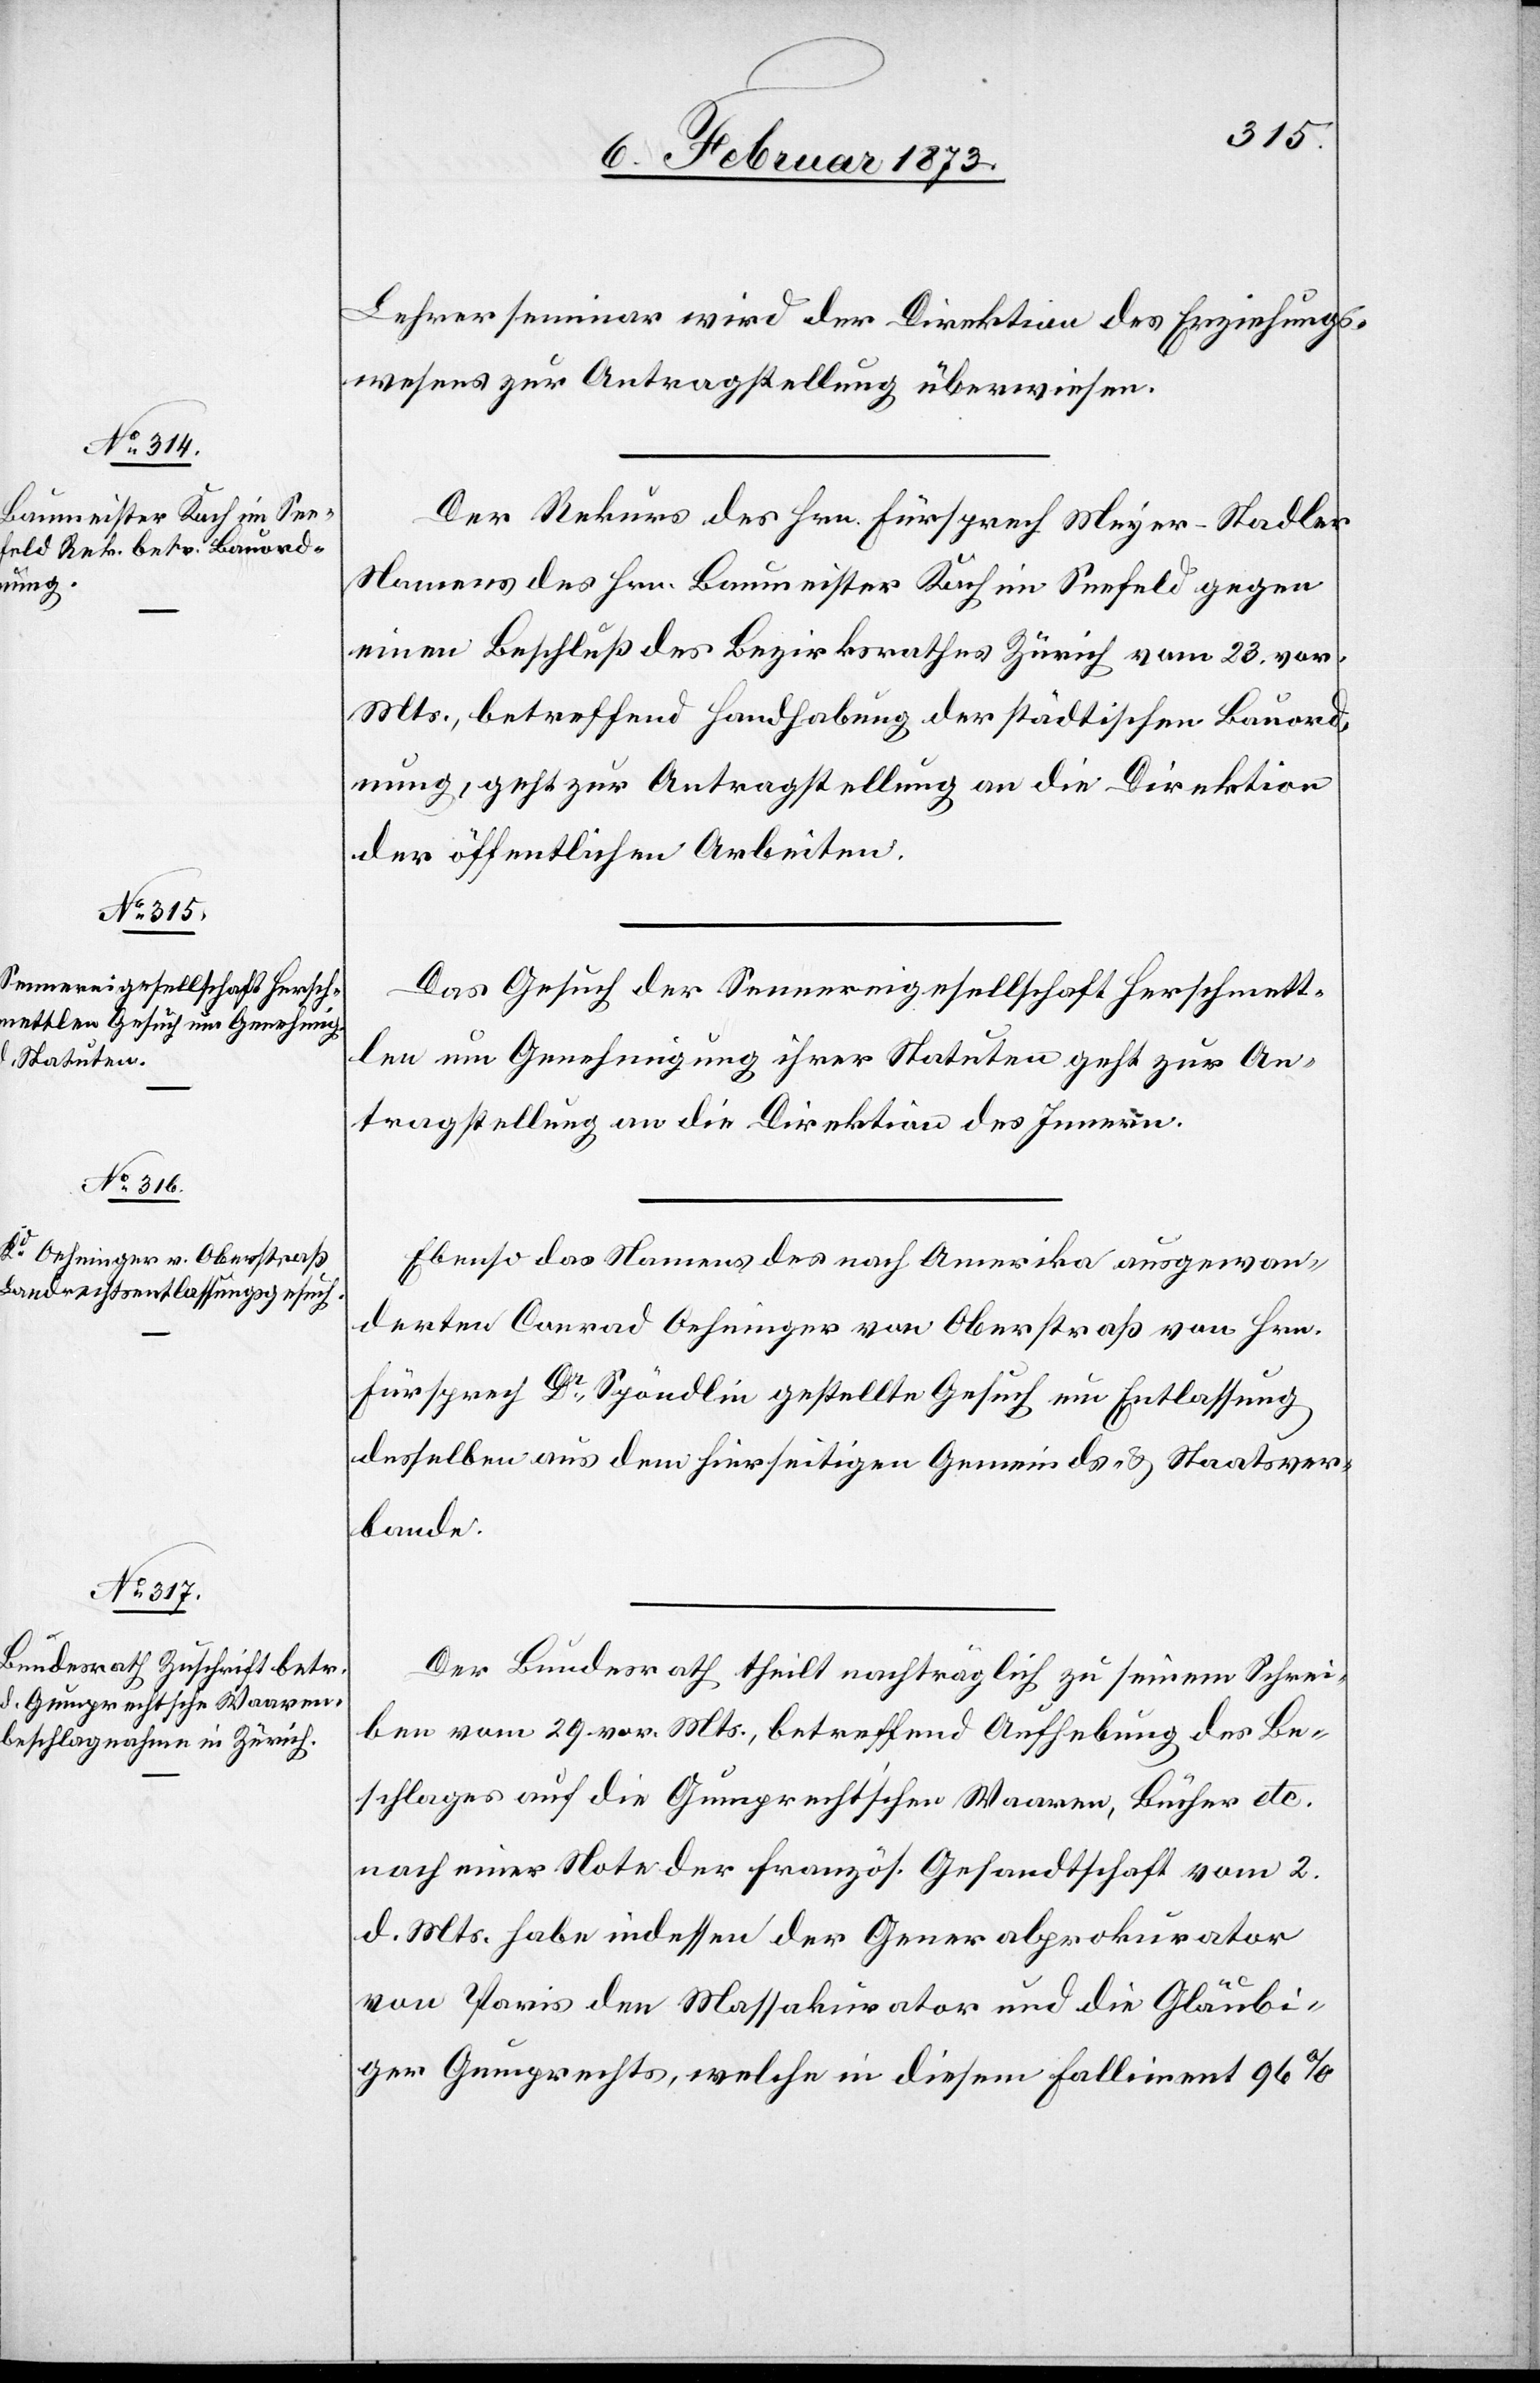
7. Februar 1873.]
Lehrerseminar wird der Direktion des Erziehungs¬
wesens zur Antragstellung überwiesen.
Der Rekurs des Hrn. Fürsprech Meyer-Stadler
Namens des Hrn. Baumeister Koch im Seefeld gegen
einen Beschluß des Bezirksrathes Zürich vom 23. vor.
Mts., betreffend Handhabung der städtischen Bauord¬
nung, geht zur Antragstellung an die Direktion
der öffentlichen Arbeiten.
Das Gesuch der Sennereigesellschaft Herschmett¬
len um Genehmigung ihrer Statuten geht zur An¬
tragstellung an die Direktion des Innern.
Ebenso das Namens des nach Amerika ausgewan¬
derten Conrad Oehninger von Oberstraß von Hrn.
Fürsprech Dr Spöndlin gestellte Gesuch um Entlassung
desselben aus dem hierseitigen Gemeinds- u. Staatsver¬
bunde.
Der Bundesrath theilt nachträglich zu seinem Schrei¬
ben vom 29. vor. Mts., betreffend Aufhebung des Be¬
schlages auf die Gumprecht’sche Waaren, Bücher etc.
nach einer Note der französ. Gesandtschaft vom 2.
d. Mts. habe indessen der Generalprokurator
von Paris den Massakurator und die Gläubi¬
ger Gumprechts, welche in diesen Falliment 96%